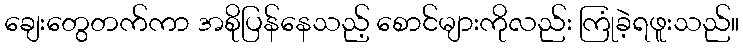
ချေးတွေတက်ကာ အစိုပြန်နေသည့် စောင်များကိုလည်း ကြုံခဲ့ရဖူးသည်။